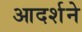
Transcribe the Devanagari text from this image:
आदर्शने